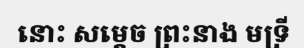
នោះ សម្តេច ព្រះនាង មទ្រី